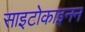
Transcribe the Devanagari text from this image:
साइटोकाइनन